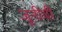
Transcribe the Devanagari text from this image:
जूनीची